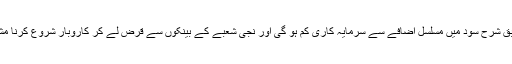
ماہرین کے مطابق شرح سود میں مسلسل اضافے سے سرمایہ کاری کم ہو گی اور نجی شعبے کے بینکوں سے قرض لے کر کاروبار شروع کرنا مشکل ہو جائے گا۔